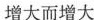
增大而增大